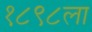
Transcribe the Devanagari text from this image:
१८९८ला